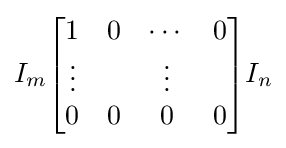
I_{m}{\begin{bmatrix}1&0&\cdots &0\\\vdots &&\vdots \\0&0&0&0\end{bmatrix}}I_{n}